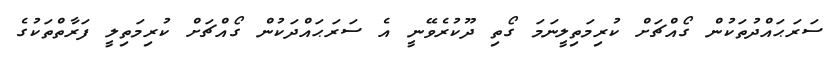
ސަރަޙައްދުތަކުން ގޯއްޗަށް ކުރިމަތިލީނަމަ ގޯތި ދޫކުރެވޭނީ އެ ސަރަޙައްދަކުން ގޯއްޗަށް ކުރިމަތިލީ ފަރާތްތަކުގެ